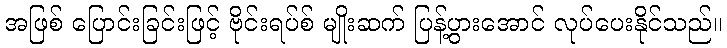
အဖြစ် ပြောင်းခြင်းဖြင့် ဗိုင်းရပ်စ် မျိုးဆက် ပြန့်ပွားအောင် လုပ်ပေးနိုင်သည်။